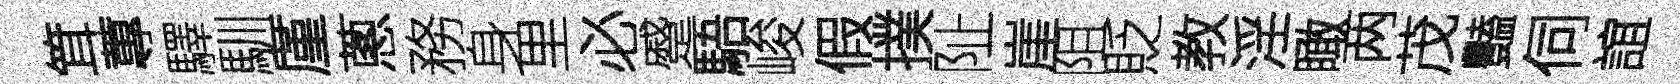
䇯蓴驛馴厪蔥務身里必蹙䮏峻假撲阯崖阻貶教淫瞰两茂豔伺誼